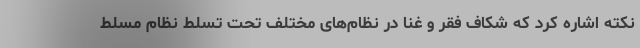
نکته اشاره کرد که شکاف فقر و غنا در نظام‌های مختلف تحت تسلط نظام مسلط